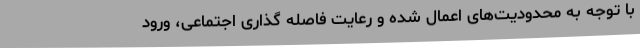
با توجه به محدودیت‌های اعمال شده و رعایت فاصله گذاری اجتماعی، ورود